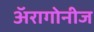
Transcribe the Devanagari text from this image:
अॅरागोनीज